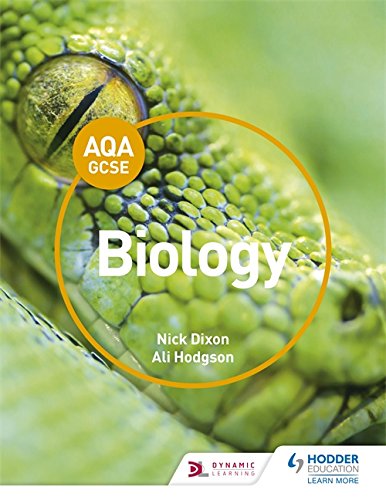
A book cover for AQA GCSE Biology Student Book; Nick Dixon; Children's Books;